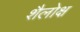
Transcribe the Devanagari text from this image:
शैलोक्ष